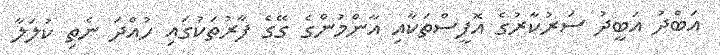
އަބްދު އަބީދު ސަރުކާރުގެ އޮފީސްތަކާއި އާންމުންގެ ގޭގެ ފާރުތަކުގައި ހުއްދަ ނެތި ކުލަލާ